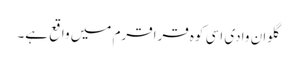
گلوان وادی اسی کوہ قراقرم میں واقع ہے۔